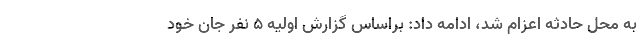
به محل حادثه اعزام شد، ادامه داد: براساس گزارش اولیه ۵ نفر جان خود